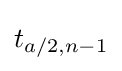
t_{a/2,n-1}